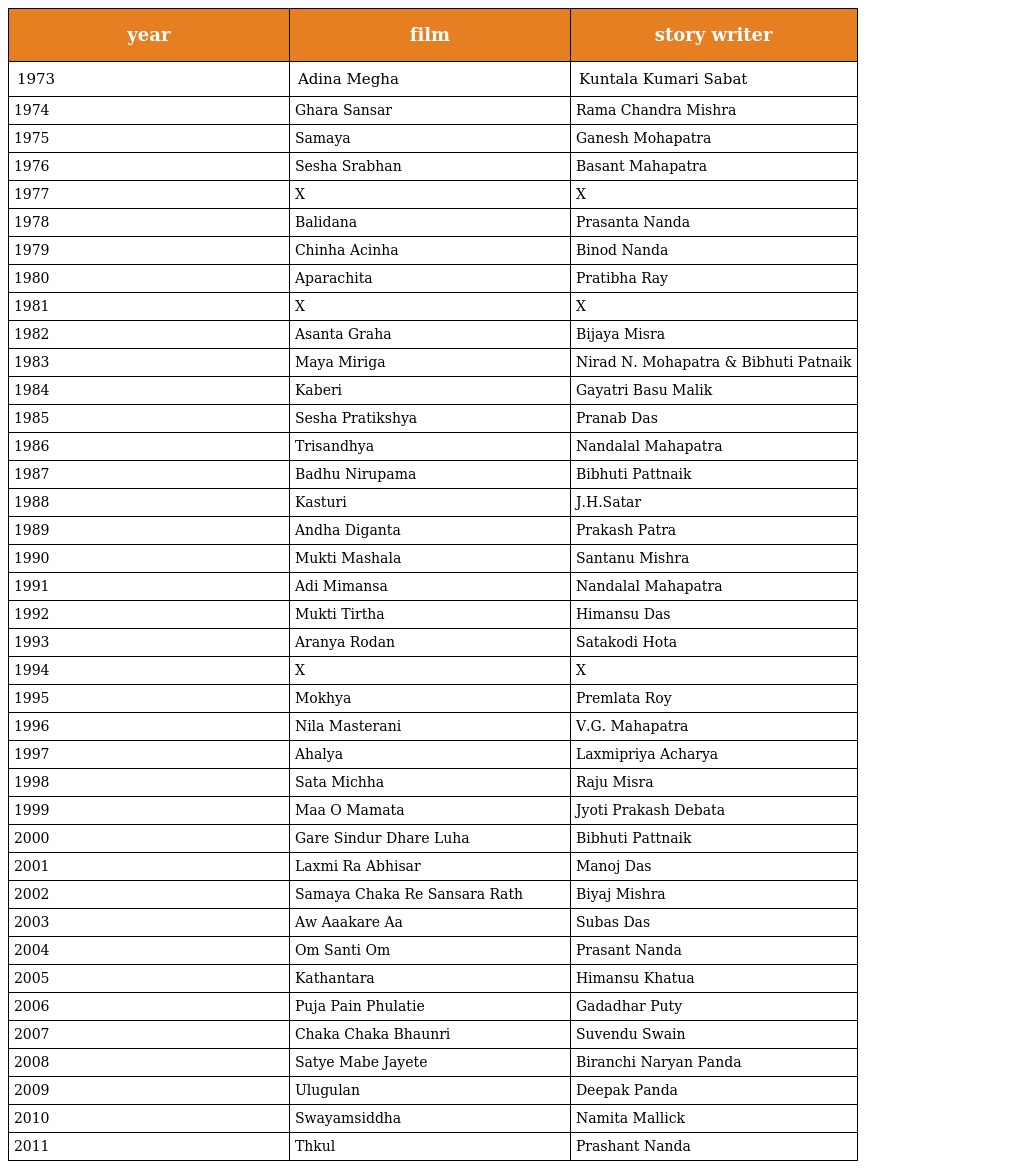
| year | film | story writer |
 | --- | --- | --- |
 | 1973 | Adina Megha | Kuntala Kumari Sabat |
 | 1974 | Ghara Sansar | Rama Chandra Mishra |
 | 1975 | Samaya | Ganesh Mohapatra |
 | 1976 | Sesha Srabhan | Basant Mahapatra |
 | 1977 | X | X |
 | 1978 | Balidana | Prasanta Nanda |
 | 1979 | Chinha Acinha | Binod Nanda |
 | 1980 | Aparachita | Pratibha Ray |
 | 1981 | X | X |
 | 1982 | Asanta Graha | Bijaya Misra |
 | 1983 | Maya Miriga | Nirad N. Mohapatra & Bibhuti Patnaik |
 | 1984 | Kaberi | Gayatri Basu Malik |
 | 1985 | Sesha Pratikshya | Pranab Das |
 | 1986 | Trisandhya | Nandalal Mahapatra |
 | 1987 | Badhu Nirupama | Bibhuti Pattnaik |
 | 1988 | Kasturi | J.H.Satar |
 | 1989 | Andha Diganta | Prakash Patra |
 | 1990 | Mukti Mashala | Santanu Mishra |
 | 1991 | Adi Mimansa | Nandalal Mahapatra |
 | 1992 | Mukti Tirtha | Himansu Das |
 | 1993 | Aranya Rodan | Satakodi Hota |
 | 1994 | X | X |
 | 1995 | Mokhya | Premlata Roy |
 | 1996 | Nila Masterani | V.G. Mahapatra |
 | 1997 | Ahalya | Laxmipriya Acharya |
 | 1998 | Sata Michha | Raju Misra |
 | 1999 | Maa O Mamata | Jyoti Prakash Debata |
 | 2000 | Gare Sindur Dhare Luha | Bibhuti Pattnaik |
 | 2001 | Laxmi Ra Abhisar | Manoj Das |
 | 2002 | Samaya Chaka Re Sansara Rath | Biyaj Mishra |
 | 2003 | Aw Aaakare Aa | Subas Das |
 | 2004 | Om Santi Om | Prasant Nanda |
 | 2005 | Kathantara | Himansu Khatua |
 | 2006 | Puja Pain Phulatie | Gadadhar Puty |
 | 2007 | Chaka Chaka Bhaunri | Suvendu Swain |
 | 2008 | Satye Mabe Jayete | Biranchi Naryan Panda |
 | 2009 | Ulugulan | Deepak Panda |
 | 2010 | Swayamsiddha | Namita Mallick |
 | 2011 | Thkul | Prashant Nanda |